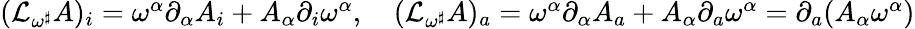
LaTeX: \begin{array}{r}{(\mathcal{L}_{\omega^{\sharp}}A)_{i}=\omega^{\alpha}\partial_{\alpha}A_{i}+A_{\alpha}\partial_{i}\omega^{\alpha},\quad(\mathcal{L}_{\omega^{\sharp}}A)_{a}=\omega^{\alpha}\partial_{\alpha}A_{a}+A_{\alpha}\partial_{a}\omega^{\alpha}=\partial_{a}(A_{\alpha}\omega^{\alpha})}\end{array}